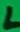
Text: N